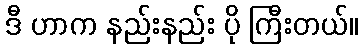
ဒီ ဟာက နည်းနည်း ပို ကြီးတယ်။